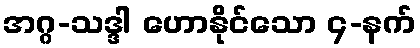
အဂ္ဂ-သဒ္ဒါ ဟောနိုင်သော ၄-နက်